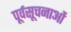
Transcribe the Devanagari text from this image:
पूर्वसूचनाओं